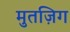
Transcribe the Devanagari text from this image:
मुतज़िग